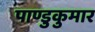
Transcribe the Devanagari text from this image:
पाण्डुकुमार